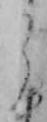
う